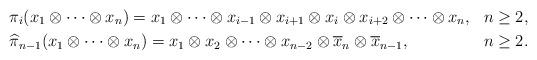
LaTeX: \begin{align*}&\pi_i(x_1\otimes\cdots \otimes x_n) = x_1 \otimes \cdots \otimes x_{i-1} \otimes x_{i+1} \otimes x_{i} \otimes x_{i+2}\otimes \cdots \otimes x_{n},& n \geq2, \\&\widehat{\pi}_{n-1}(x_1\otimes\cdots \otimes x_n)= x_1\otimes x_2\otimes\cdots \otimes x_{n-2} \otimes \overline{x}_{n}\otimes \overline{x}_{n-1},& n \geq 2. \end{align*}